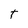
Character: T